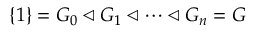
\{ 1 \} = G _ { 0 } \triangleleft G _ { 1 } \triangleleft \dots \triangleleft G _ { n } = G